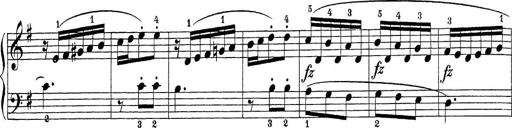
Title: Sonatina Album
Composer: Louis KÃ¶hler